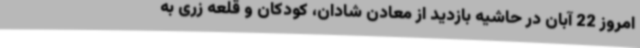
امروز 22 آبان در حاشیه بازدید از معادن شادان، کودکان و قلعه زری به